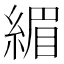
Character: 𫃷